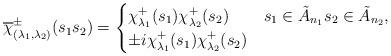
LaTeX: \begin{align*}\overline{\chi}_{(\lambda_1,\lambda_2)}^\pm(s_1s_2)=\begin{cases}\chi^+_{\lambda_1}(s_1)\chi^+_{\lambda_2}(s_2)&s_1\in\tilde{A}_{n_1}s_2\in\tilde{A}_{n_2},\\\pm i\chi^+_{\lambda_1}(s_1)\chi^+_{\lambda_2}(s_2)&\end{cases}\end{align*}